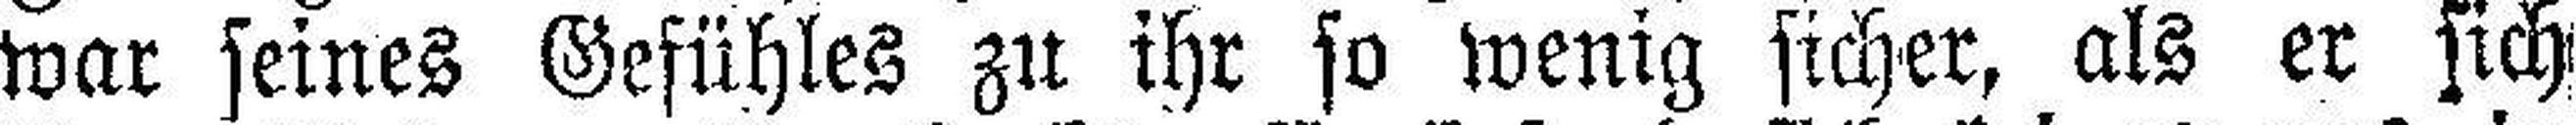
war seines Gefühles zu ihr so wenig sicher, als er sich